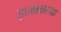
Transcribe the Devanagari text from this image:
झळाळत्या